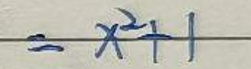
$=x^{2}+1$